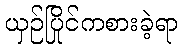
ယှဉ်ပြိုင်ကစားခဲ့ရာ